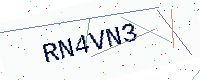
Text: RN4VN3